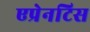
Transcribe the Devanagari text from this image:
एप्रेनटिस